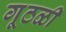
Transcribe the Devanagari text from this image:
गूठळी